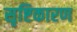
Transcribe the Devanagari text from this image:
सृष्टिकारण